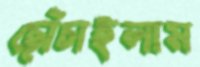
ছোঁচাইলাম